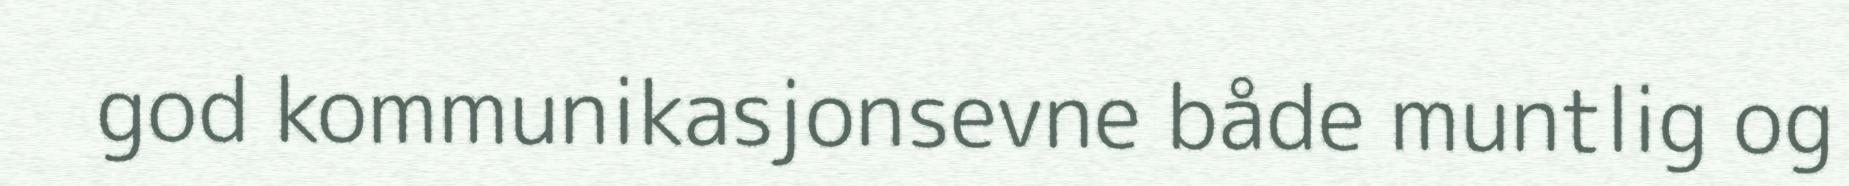
god kommunikasjonsevne både muntlig og